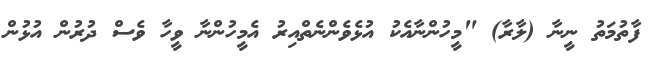
ފާތުމަތު ނީނާ (ލާރާ) "މީހުންނާއެކު އުޅެވެންނެތްއިރު އެމީހުންނާ ވީހާ ވެސް ދުރުން އުޅުން